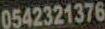
0542321376